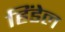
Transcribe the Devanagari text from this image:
हिंडेल